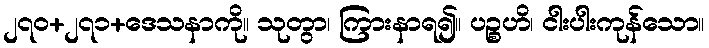
၂၇၀+၂၇၁+ဒေသနာကို။ သုတွာ၊ ကြားနာရ၍။ ပဉ္စဟိ၊ ငါးပါးကုန်သော။